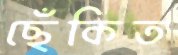
ছেঁকিত